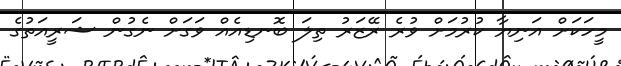
މީހަކަށް އަނިޔާ ކުރުމަށް ވުރެ ރޭޒަރު ތިލަ ބޮނޑިއެއް ވަގަށް ނެގުން ޝަރީއަތުގެ